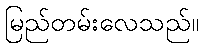
မြည်တမ်းလေသည်။